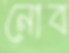
নোব